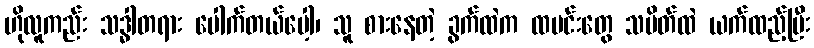
ဟိုလူကည်း သဒ္ဓါတရား ပေါက်တယ်ပေါ့၊ သူ စားနေတဲ့ ခွက်ထဲက ထမင်းတွေ သပိတ်ထဲ ယက်ထည့်ပြီး